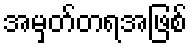
အမှတ်တရအဖြစ်